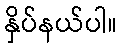
နှိပ်နယ်ပါ။